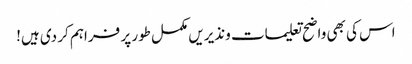
اس کی بھی واضح تعلیمات ونذیریں مکمل طور پر فراہم کر دی ہیں!